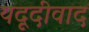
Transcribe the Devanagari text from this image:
यदूदीवाद